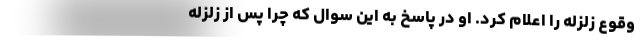
وقوع زلزله را اعلام کرد. او در پاسخ به این سوال که چرا پس از زلزله